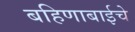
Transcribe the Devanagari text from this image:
बहिणाबाईचे